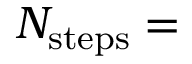
N _ { \mathrm { s t e p s } } =